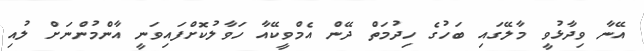
އޭނާ ވިދާޅުވީ މާލޭގައި ބަހުގެ ހިދުމަތް ދޭން އެމްވީކޭއާ ހަވާލުކޮށްފައިވަނީ އާންމުންނަށް ލުއި